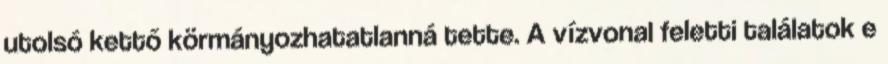
utolsó kettő körmányozhatatlanná tette. A vízvonal feletti találatok e